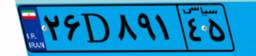
۲۶D۸۹۱۴۵